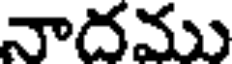
నాదము